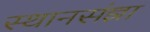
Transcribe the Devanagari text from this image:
स्थानसंज्ञा